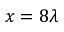
x = 8 \lambda